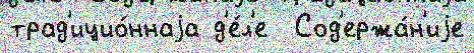
трад'ицио́ннаjа д'е́л'е  Сод'ержа́н'иjе